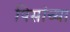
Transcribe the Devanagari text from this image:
पिसांच्या